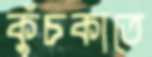
কুঁচকাতে